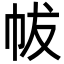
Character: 帗